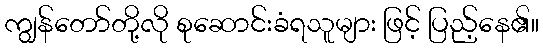
ကျွန်တော်တို့လို စုဆောင်းခံရသူများ ဖြင့် ပြည့်နေ၏။